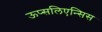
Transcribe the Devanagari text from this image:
ऊप्सलिएन्सिस